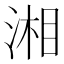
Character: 湘